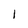
Character: 1